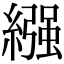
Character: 繦